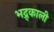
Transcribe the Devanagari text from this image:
भद्र्काली